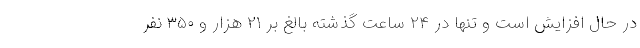
در حال افزایش است و تنها در ۲۴ ساعت گذشته بالغ بر ۲۱ هزار و ۳۵۰ نفر